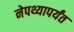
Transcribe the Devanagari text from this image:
नेपथ्यापर्यंत